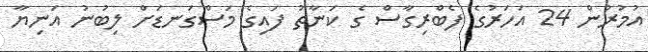
އުމުރުން 24 އަހަރުގެ ފެބްރިގާސް ގެ ކަނާތު ފައިގެ މަސްގަނޑަށް ލިބުނު އަނިޔާ